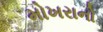
મોખરાનો